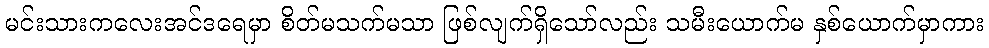
မင်းသားကလေးအင်ဒရေမှာ စိတ်မသက်မသာ ဖြစ်လျက်ရှိသော်လည်း သမီးယောက်မ နှစ်ယောက်မှာကား